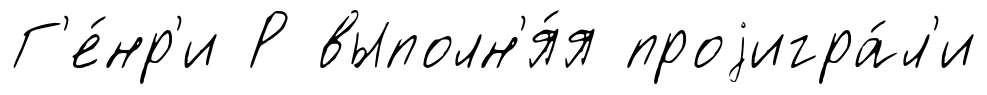
Г'е́нр'и Р выполн'я́я проjигра́л'и